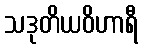
သဒုတိယဝိဟာရီ